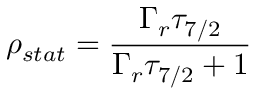
\rho _ { s t a t } = { \frac { \Gamma _ { r } \tau _ { 7 / 2 } } { \Gamma _ { r } \tau _ { 7 / 2 } + 1 } }